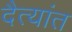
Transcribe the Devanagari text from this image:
दैत्यांत